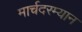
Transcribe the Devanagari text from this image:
मार्चदरम्यान